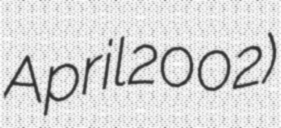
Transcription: April 2002)